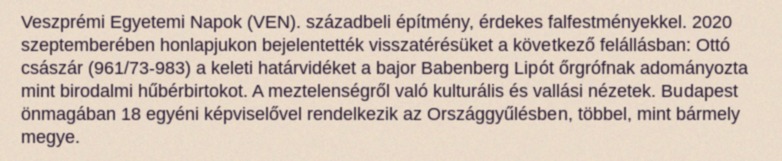
Veszprémi Egyetemi Napok (VEN). századbeli építmény, érdekes falfestményekkel. 2020 szeptemberében honlapjukon bejelentették visszatérésüket a következő felállásban: Ottó császár (961/73-983) a keleti határvidéket a bajor Babenberg Lipót őrgrófnak adományozta mint birodalmi hűbérbirtokot. A meztelenségről való kulturális és vallási nézetek. Budapest önmagában 18 egyéni képviselővel rendelkezik az Országgyűlésben, többel, mint bármely megye.